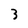
Character: 3